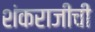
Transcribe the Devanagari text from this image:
शंकराजीची